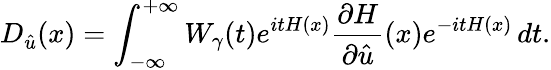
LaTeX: D_{\hat{u}}(x)=\int_{-\infty}^{+\infty}W_{\gamma}(t)e^{itH(x)}\frac{\partial H}{\partial\hat{u}}(x)e^{-itH(x)}\, dt.